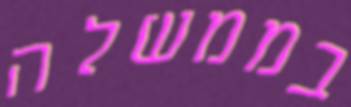
בממשלה